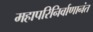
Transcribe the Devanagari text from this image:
महापरिनिर्वाणानंत